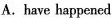
A.have happened